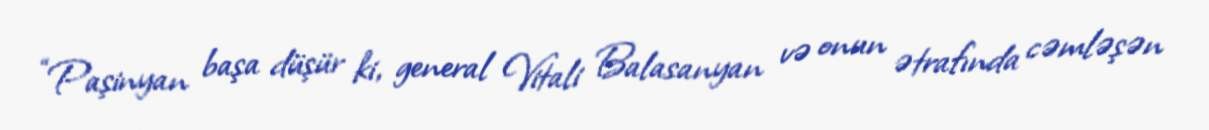
“Paşinyan başa düşür ki, general Vitali Balasanyan və onun ətrafında cəmləşən